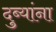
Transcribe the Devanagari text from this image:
दुब्यांना